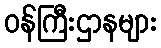
ဝန်ကြီးဌာနများ